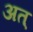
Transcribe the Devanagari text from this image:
अत्‌